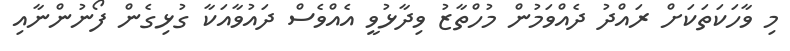
މި ވާހަކަތަކަށް ރައްދު ދެއްވަމުން މުހްތާޒު ވިދާޅުވީ އެއްވެސް ދައުވާއަކާ ގުޅިގެން ފޯނުންނާއި